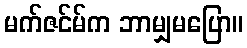
မက်ဇင်မ်က ဘာမျှမပြော။